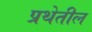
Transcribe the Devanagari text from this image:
प्रथेतील